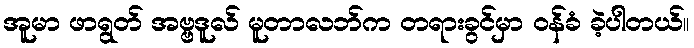
အူမာ ဖာရွတ် အဗ္ဗဒူလ် မူတာလဘ်က တရားခွင်မှာ ဝန်ခံ ခဲ့ပါတယ်။